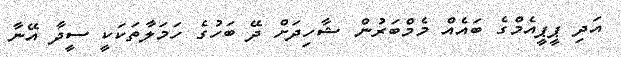
އަދި ޕީޕީއެމްގެ ބައެއް މެމްބަރުން ޝާހިދަށް ދޭ ބަހުގެ ހަމަލާތަކަކީ ސީދާ އޭނާ